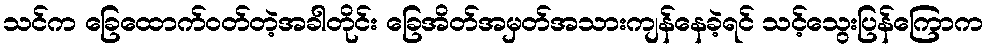
သင်က ခြေထောက်ဝတ်တဲ့အခါတိုင်း ခြေအိတ်အမှတ်အသားကျန်နေခဲ့ရင် သင့်သွေးပြန်ကြောက